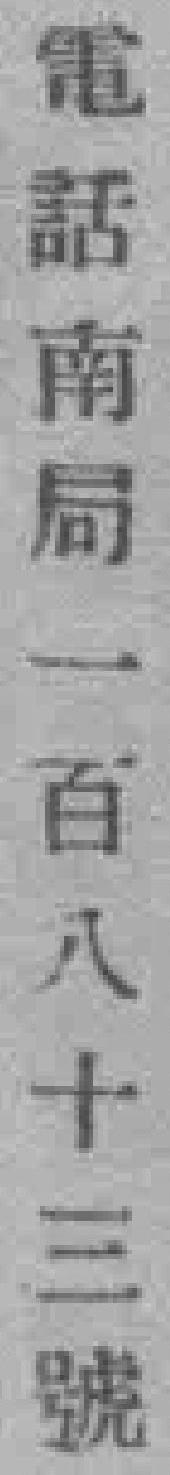
電話南局一百八十三號